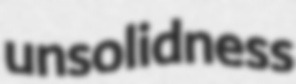
unsolidness